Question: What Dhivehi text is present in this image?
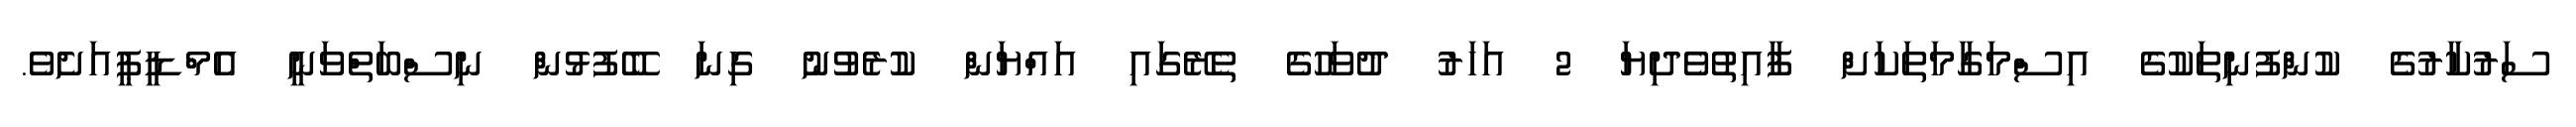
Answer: ސަރުކާރުގެ ކުންފުނިތަކުގެ އިސްމަގާމަތަކަށް ފާއިތުވެދިޔަ 2 އަހަރު ދުވަހުގެ ތެރޭގައި އައްޔަން ކުރެވުނު ގިނަ ބޭފުޅުން ނިސްބަތްވަނީ އެމްޑީޕީއަށެވެ.